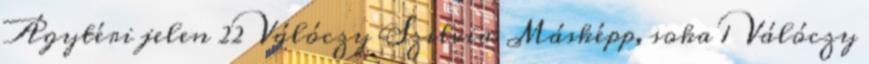
Ágytéri jelen 22 Válóczy Szilvia: Másképp, soka 1 Válóczy